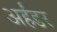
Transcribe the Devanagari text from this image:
अर्हंडर